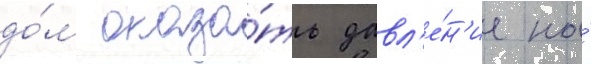
до́м оказа́ть давл'е́н'ие на́